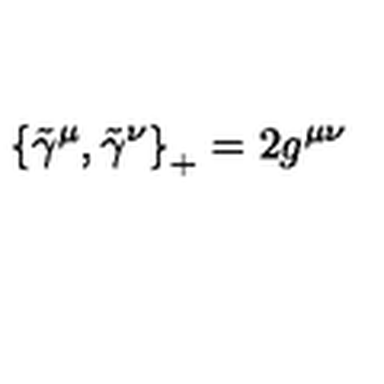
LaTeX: \left\{ { \tilde { \gamma } } ^ { \mu } , \tilde { \gamma } ^ { \nu } \right\} _ { + } = 2 g ^ { \mu \nu }